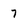
Character: 7